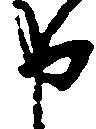
申